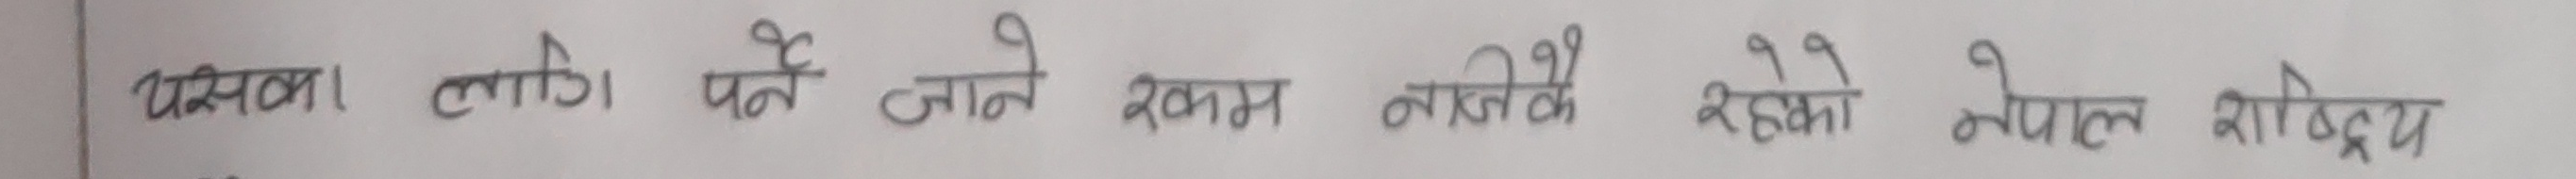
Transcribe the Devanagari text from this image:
यसका लागि पर्ने जाने रकम नीजि रहेकाे नेपाल शब्दिय